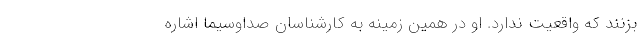
بزنند که واقعیت ندارد. او در همین زمینه به کارشناسان صداوسیما اشاره